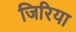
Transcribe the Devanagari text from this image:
जिरिया